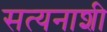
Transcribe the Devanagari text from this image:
सत्यनाशी